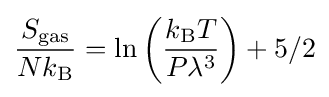
{\frac {S_{\text{gas}}}{Nk_{\text{B}}}}=\ln \left({\frac {k_{\text{B}}T}{P\lambda ^{3}}}\right)+5/2